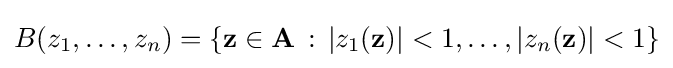
B(z_{1},\dots ,z_{n})=\left\{\mathbf {z} \in \mathbf {A} \,:\,\left|z_{1}(\mathbf {z} )\right|<1,\dots ,\left|z_{n}(\mathbf {z} )\right|<1\right\}